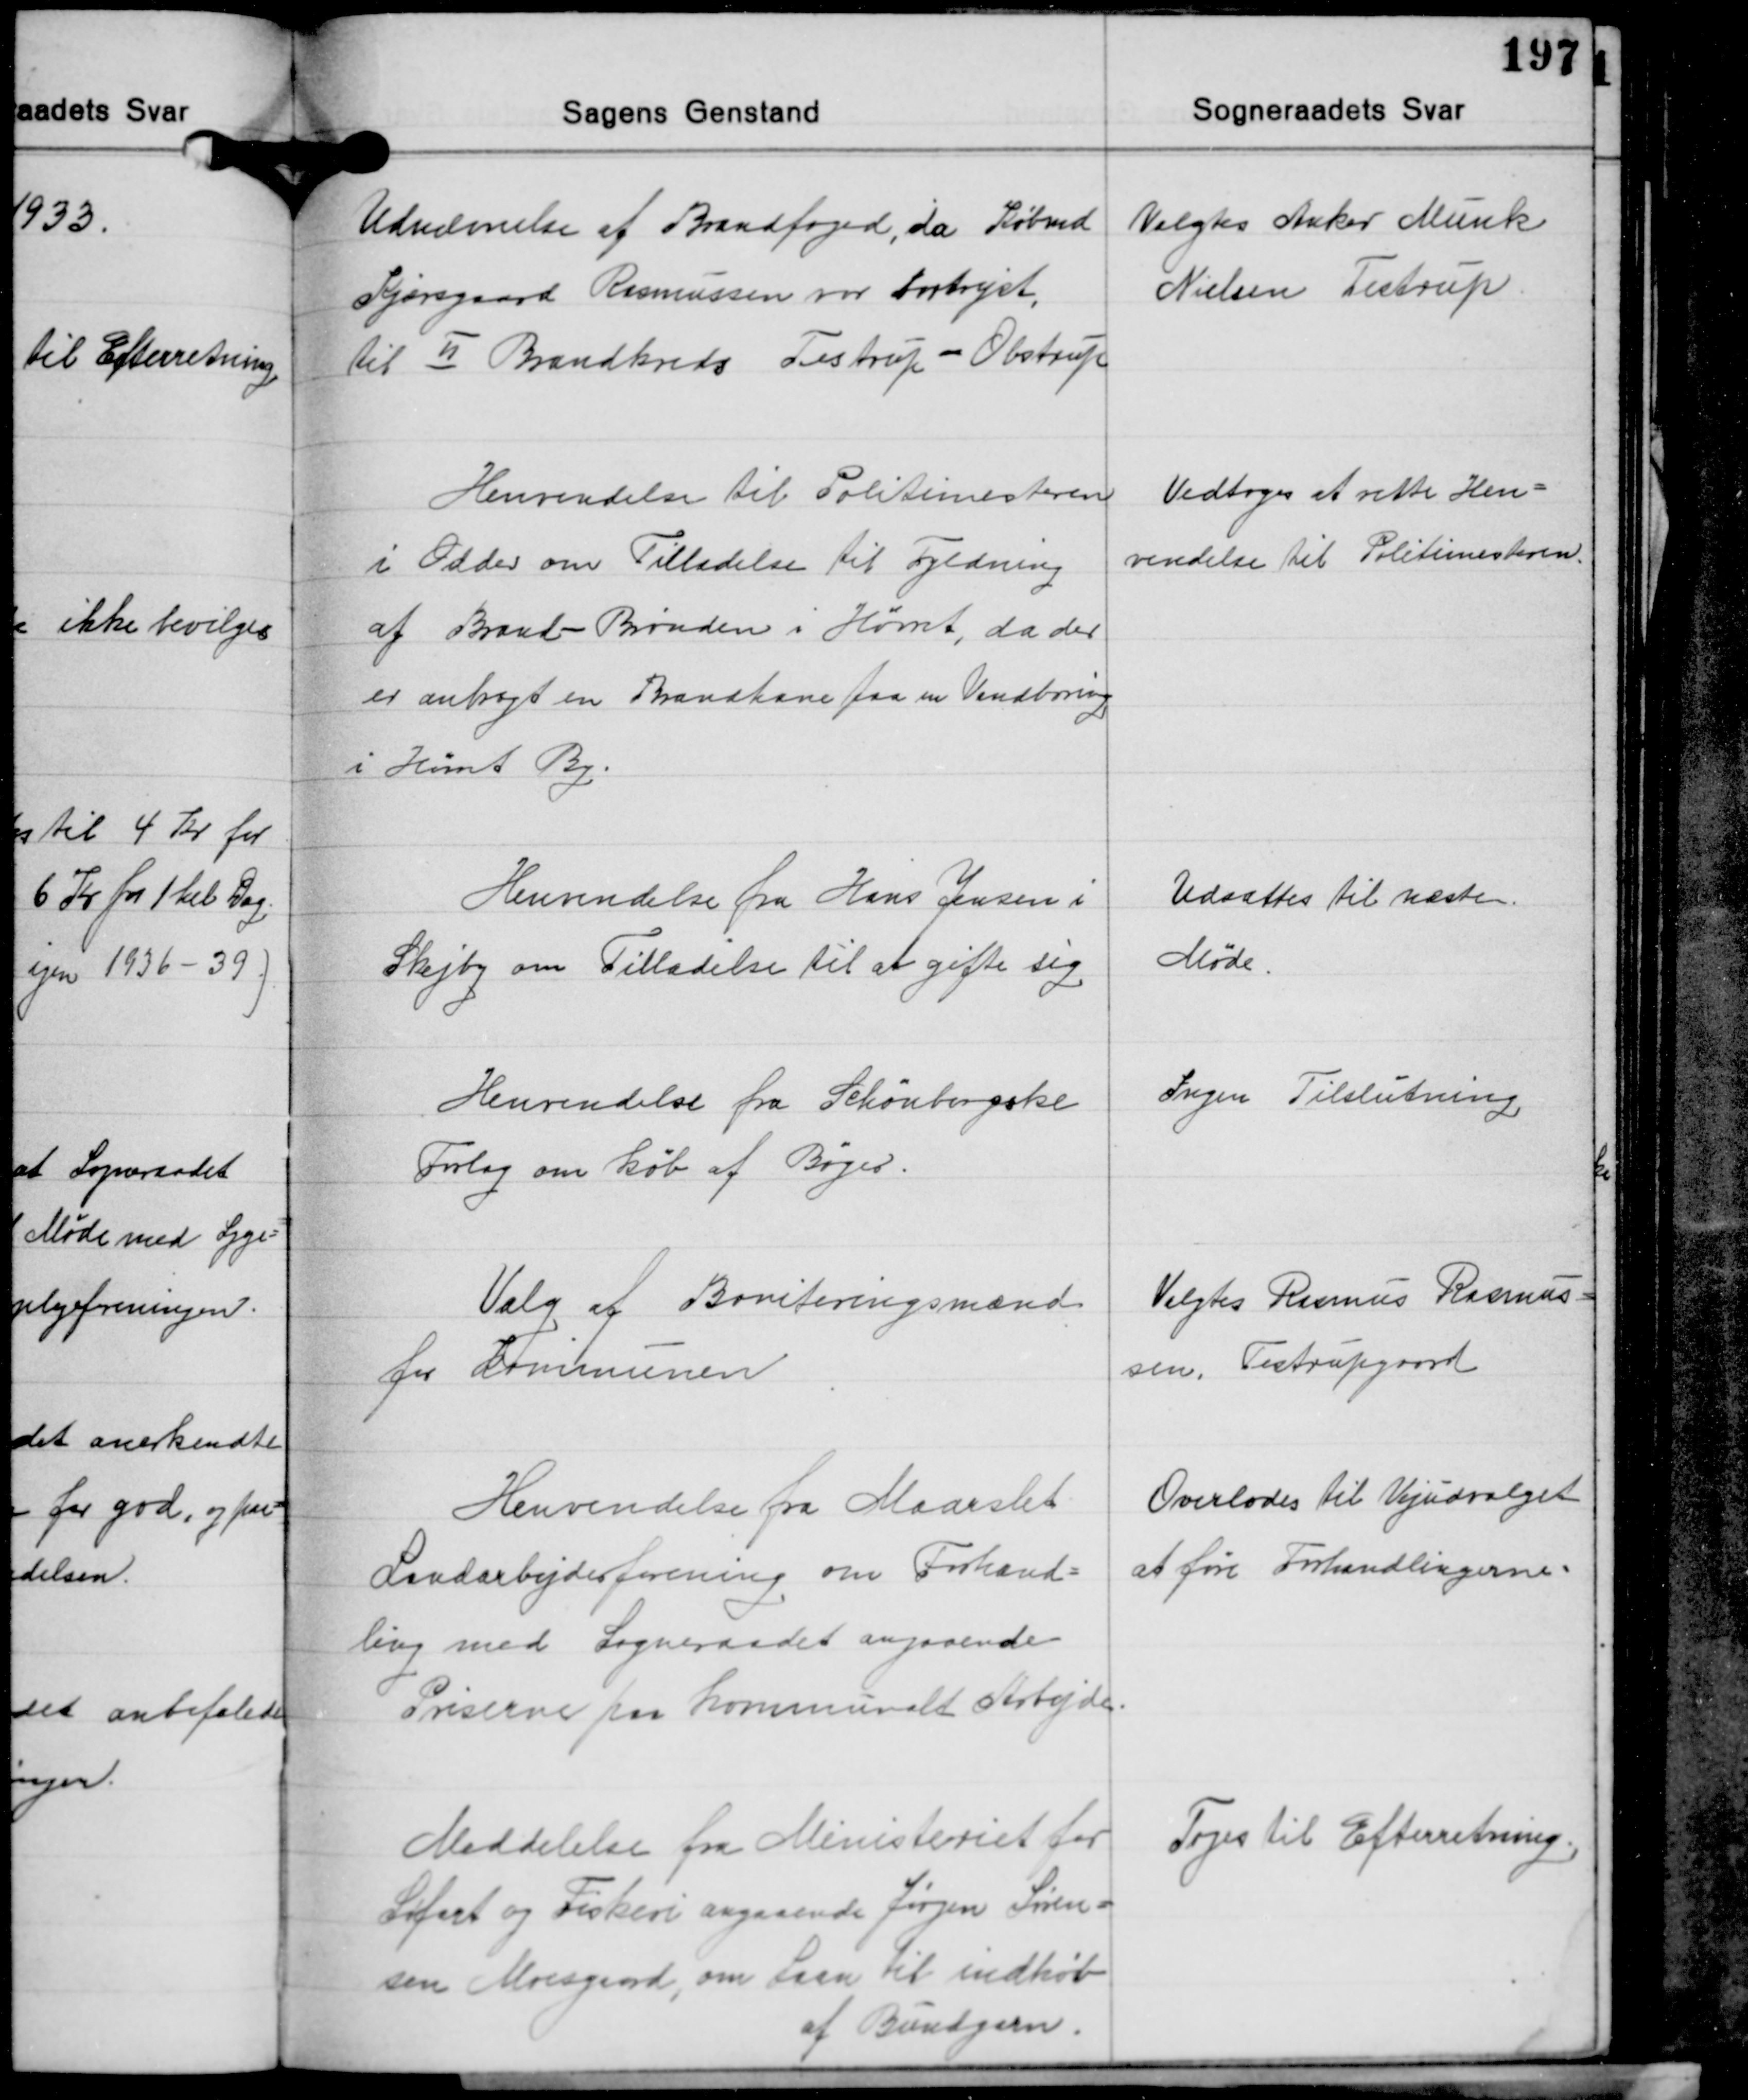
Transskription:
Udnævnelse af Brandfoged, da Købmd.
Kjærsgaard Rasmussen var bortrejst,
til Ⅱ Brandkreds Testrup - Obstrup

Valgtes Anker Munk
Nielsen Testrup.

Henvendelse til Politimesteren
i Odder om Tilladelse til Fyldning
af Brand-Brønden i Hørret, da der
er anbragt en Brandhane fra en Vandboring
i Hørret By.

Vedtoges at rette Hen-
vendelse til Politimesteren.

Henvendelse fra Hans Jensen i
Skejby om Tilladelse til at gifte sig

Udsættes til næste
Møde.

Henvendelse fra Schönbergske
Forlag om køb af Bøger.

Ingen Tilslutning

Valg af Boniteringsmænd
for Kommunen

Valgtes Rasmus Rasmus-
sen, Testrupgaard

Henvendelse fra Maarslet
Landarbejderforening om Forhand-
ling med Sogneraadet angaaende
Priserne paa Kommunalt Arbejde.

Overlodes til Vejudvalget
at føre Forhandlingerne.

Meddelelse fra Ministeriet for
Søfart og Fiskeri angaaende Jørgen Søren-
sen Moesgaard, om Laan til indkøb
af Bundgarn.

Toges til Efterretning.